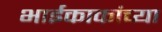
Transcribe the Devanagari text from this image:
भाईकाकांच्या